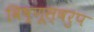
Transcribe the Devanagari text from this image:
विष्णूस्वरुप